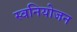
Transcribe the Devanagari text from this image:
स्वनियोजन